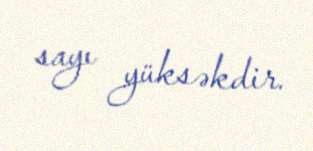
sayı yüksəkdir.